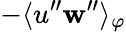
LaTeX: -\langle{u^{\prime\prime}\mathbf{w}^{\prime\prime}}\rangle_{\varphi}